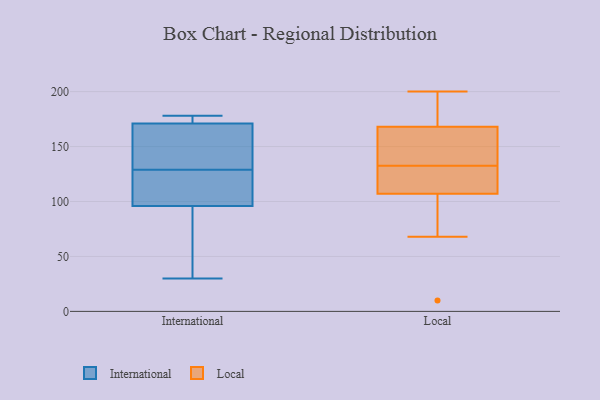
{"axis": {"x": "Customer Acquisition Cost (USD)", "y": "Value"}, "legend": ["International", "Local"], "data": [{"x": "", "y": 119, "type": "International"}, {"x": "", "y": 178, "type": "International"}, {"x": "", "y": 177, "type": "International"}, {"x": "", "y": 134, "type": "International"}, {"x": "", "y": 154, "type": "International"}, {"x": "", "y": 171, "type": "International"}, {"x": "", "y": 78, "type": "International"}, {"x": "", "y": 30, "type": "International"}, {"x": "", "y": 178, "type": "International"}, {"x": "", "y": 43, "type": "International"}, {"x": "", "y": 98, "type": "International"}, {"x": "", "y": 96, "type": "International"}, {"x": "", "y": 124, "type": "International"}, {"x": "", "y": 142, "type": "International"}, {"x": "", "y": 168, "type": "Local"}, {"x": "", "y": 115, "type": "Local"}, {"x": "", "y": 193, "type": "Local"}, {"x": "", "y": 107, "type": "Local"}, {"x": "", "y": 134, "type": "Local"}, {"x": "", "y": 81, "type": "Local"}, {"x": "", "y": 190, "type": "Local"}, {"x": "", "y": 68, "type": "Local"}, {"x": "", "y": 10, "type": "Local"}, {"x": "", "y": 135, "type": "Local"}, {"x": "", "y": 152, "type": "Local"}, {"x": "", "y": 200, "type": "Local"}, {"x": "", "y": 131, "type": "Local"}, {"x": "", "y": 112, "type": "Local"}]}